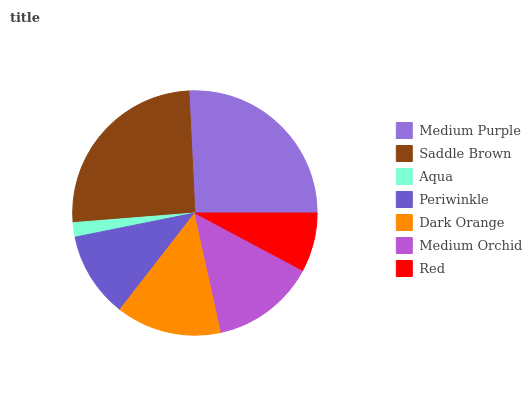
| Medium Purple | Saddle Brown | Aqua | Periwinkle | Dark Orange | Medium Orchid | Red |
 | --- | --- | --- | --- | --- | --- | --- |
 | 25.8% | 25.5% | 1.89% | 11.3% | 14% | 13.8% | 7.78% |